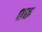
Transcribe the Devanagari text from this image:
०रू